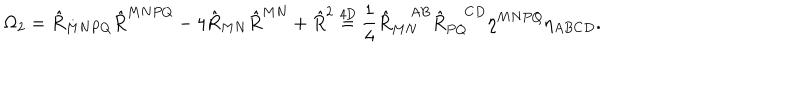
\Omega _ { 2 } = \hat { R } _ { M N P Q } \hat { R } ^ { M N P Q } - 4 \hat { R } _ { M N } \hat { R } ^ { M N } + \hat { R } ^ { 2 } \stackrel { \mathrm { 4 D } } { = } \frac { 1 } { 4 } \hat { R } _ { M N } ^ { A B } \hat { R } _ { P Q } ^ { C D } \eta ^ { M N P Q } \eta _ { A B C D } .